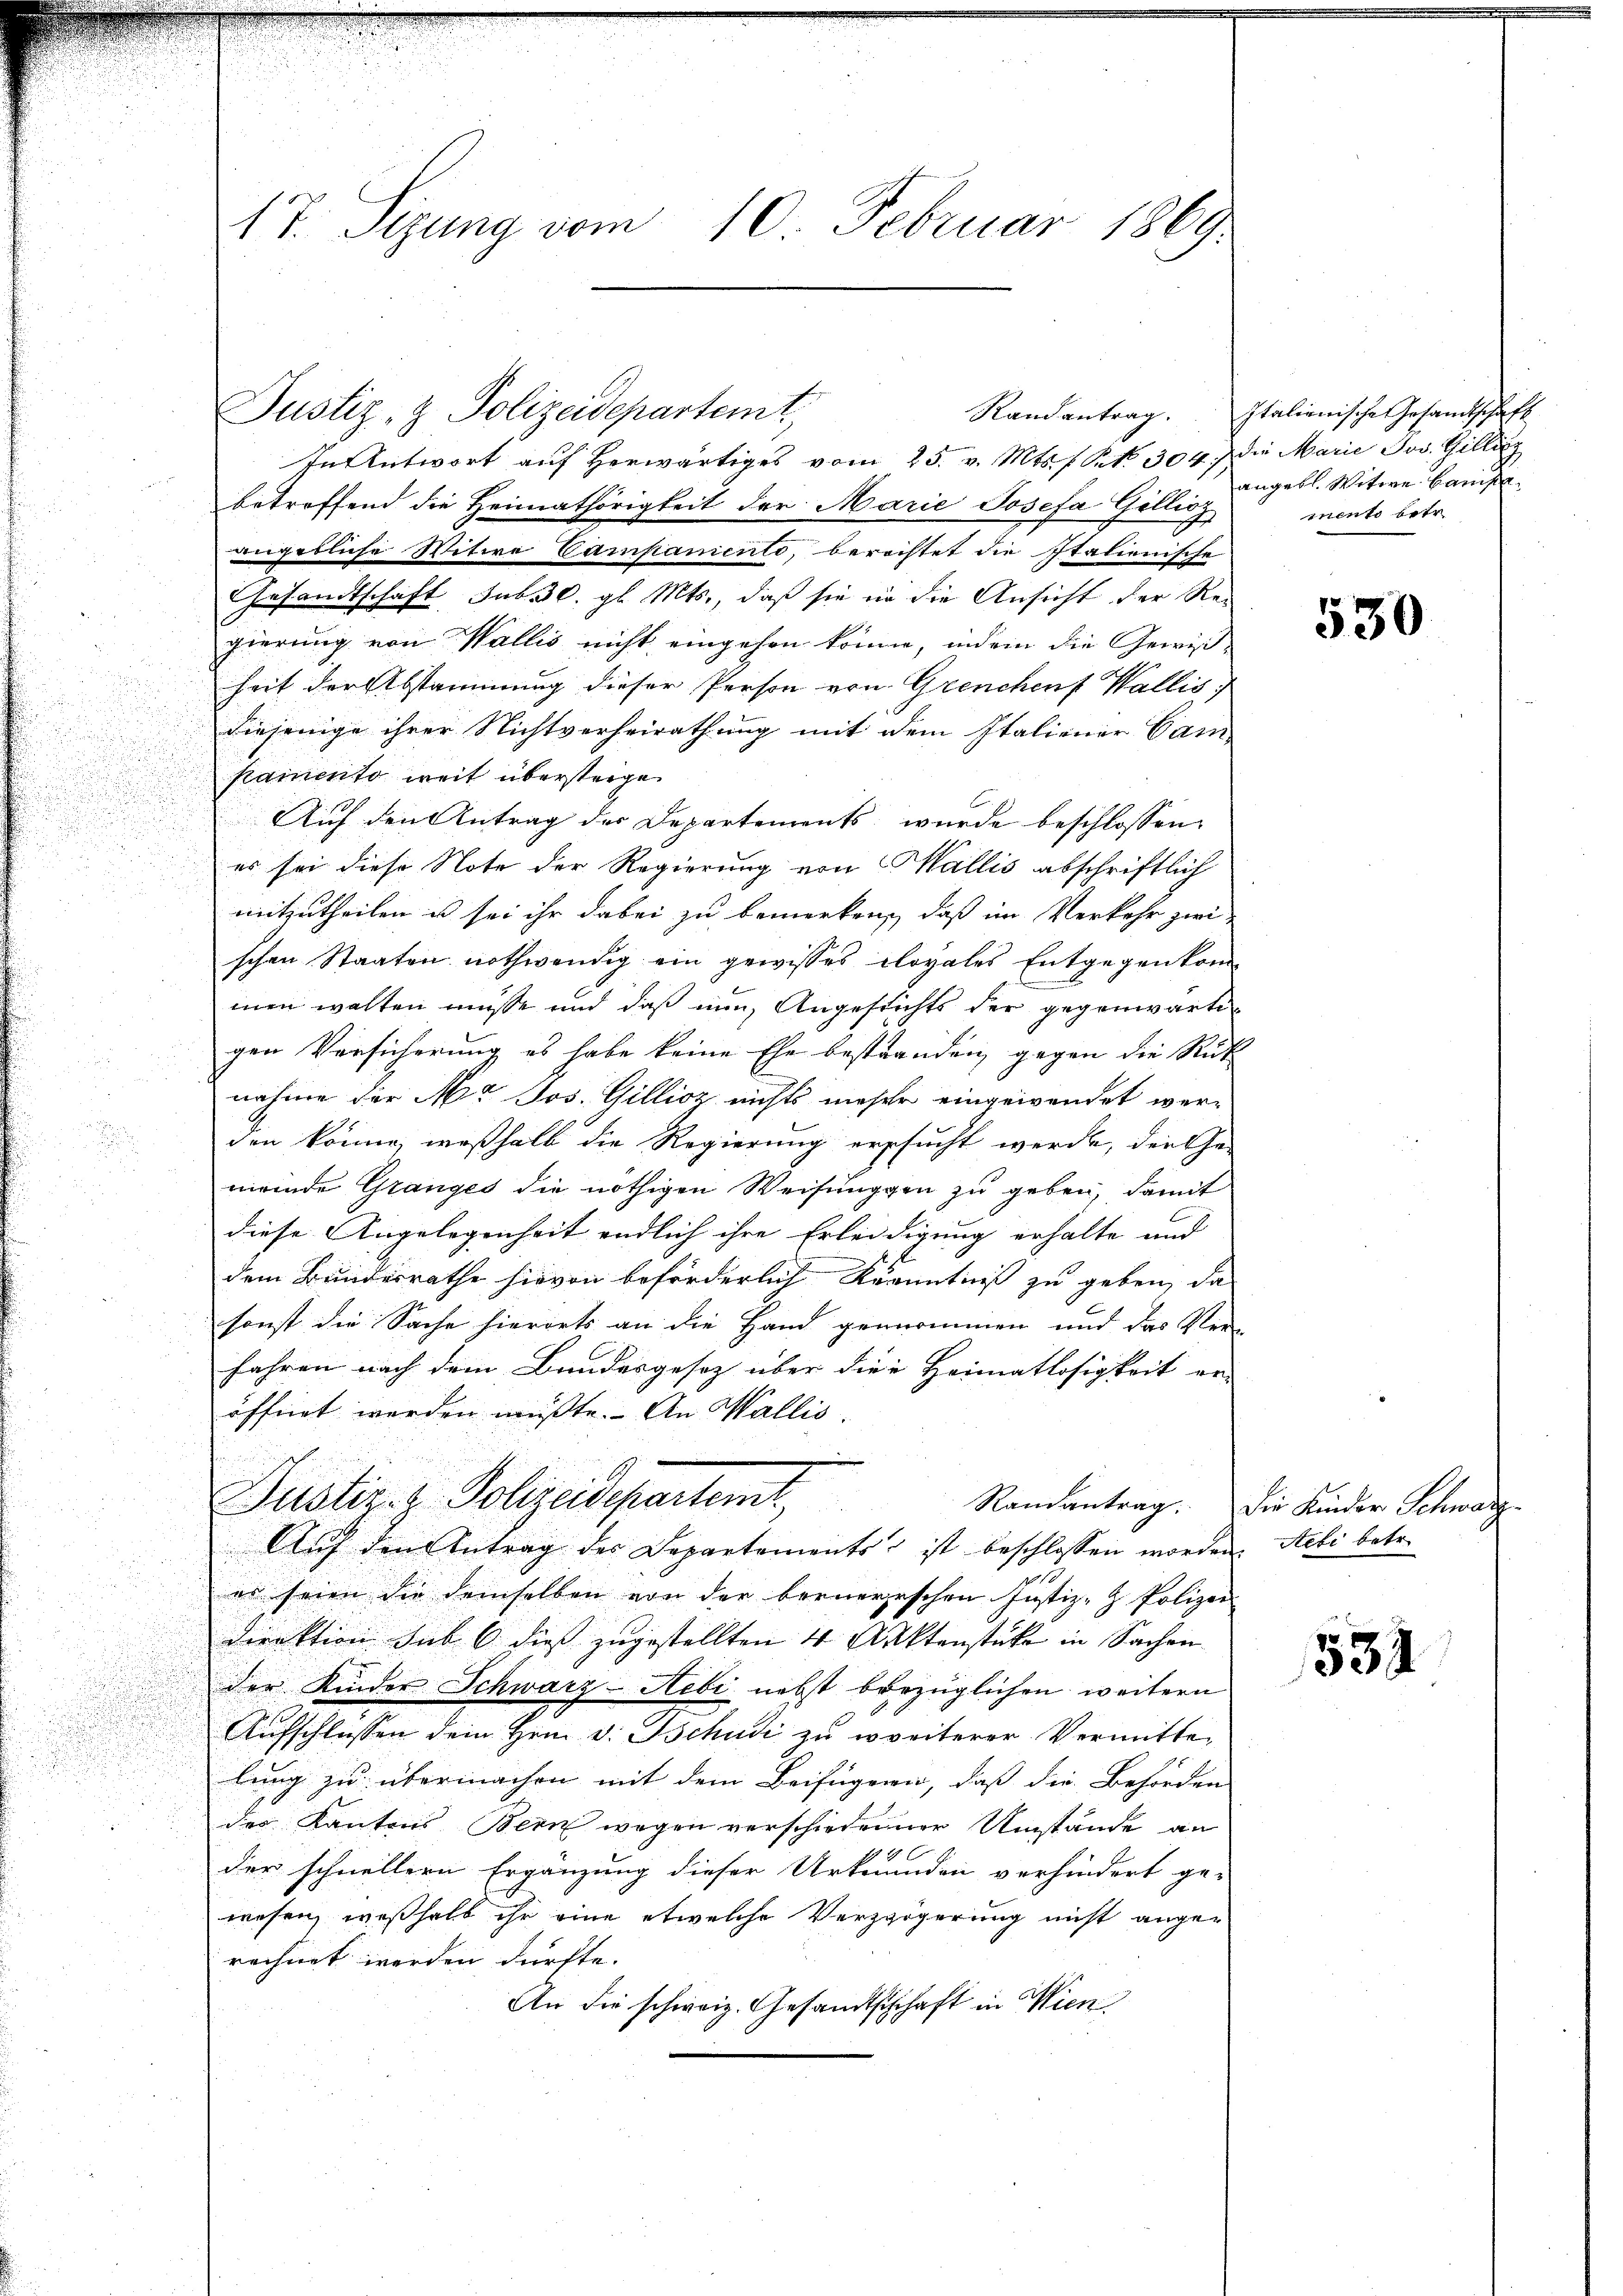
17. Sizung vom 10. Februar 1869

In Antwort auf herwärtiges vom 25. v. Mts. f. No. 304. die Marie Jos. Gilling
betroffend die Heimathörigkeit der Marie Josefa Gillioz
angebliche Witwe Campanienti, berechtet die Italienische
Gesandtschaft sub 30. gl. Mts., daß sie in die Ansicht der Re-
gierung von Wallis nicht eingehen könne, indem die Gewis-
heit der Abstammung dieser Person von Grenchens Wallis
diejenige ihrer Nichtverheirathung mit dem Italiener Cam
stamento weit übersteigen
e
Auf den Antrag der Departements wurde beschlossen:
es sei diese Note der Regierung von Wallis abschriftlich
mitzutheilen u sei ihr dabei zu bemerken, daß im Verkehr zwi
schen Staaten nothwendig ein gewisses cloyales Entgegenkommen walten müsse und daß nun, Angesichts der gegenwärtigen Versicherung es habe keine Ehe bestranden gegen die Rück
nahme der M. Jos. Gillioz nichts mieser eingewendet wer-
den könne, weßhalb die Regierung ersucht werde, der Ge-
meinde Granges die nöthigen Weisungen zu geben, damit
diese Angelegenheit endlich ihre Erleidigung erhalte und
dem Bundesrathe hievon beförderlich Kenntniß zu geben, da
sonst die Sache hierorts an die Hand genommen und das Ver-
fahren nach dem Bundesgesetz über die Heimatlosigkeit er-
öffnet werden müßte. An Wallis
Justiz- & Polizeidepartemt,
Ranantrag. Die Kinder Schwarz
Auf den Antrag der Departements ist beschlossen worden. Ateli betr.
i
es seien die demselben von der bernerischen Justiz- & Polizei
direktion sub 6 dies zugestellten 4 Sektenstücke in Sachen
der Kinder Schwarz-Hebi nebst bezüglichen weitern
Aufschlossen dem Hrn. v. Tschudi zu weiterer Vermittelung zu übermachen mit dem Beifügen, daß die Behörden
des Kantons Bern wegen verschiedener Umstände an
6
der schnellern Ergänzung dieser Urkunden verhindert ge-
wesen, weßhalb ihr eine etwelche Verzögerung nicht angerechnet werden dürfte. |
An die schweiz. Gesandtschchaft in Wien

Justiz- & Polizeidepartemt,

Randantrag. Italienische Gesandtschaft
angebl. Witwe Hause
mento betr.

530

534